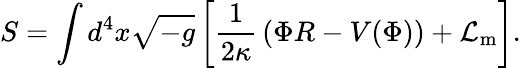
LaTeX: S=\int d^{4}x{\sqrt{-g}}\left[{\frac{1}{2\kappa}}\left(\Phi R-V(\Phi)\right)+{\mathcal{L}}_{\mathrm{m}}\right].